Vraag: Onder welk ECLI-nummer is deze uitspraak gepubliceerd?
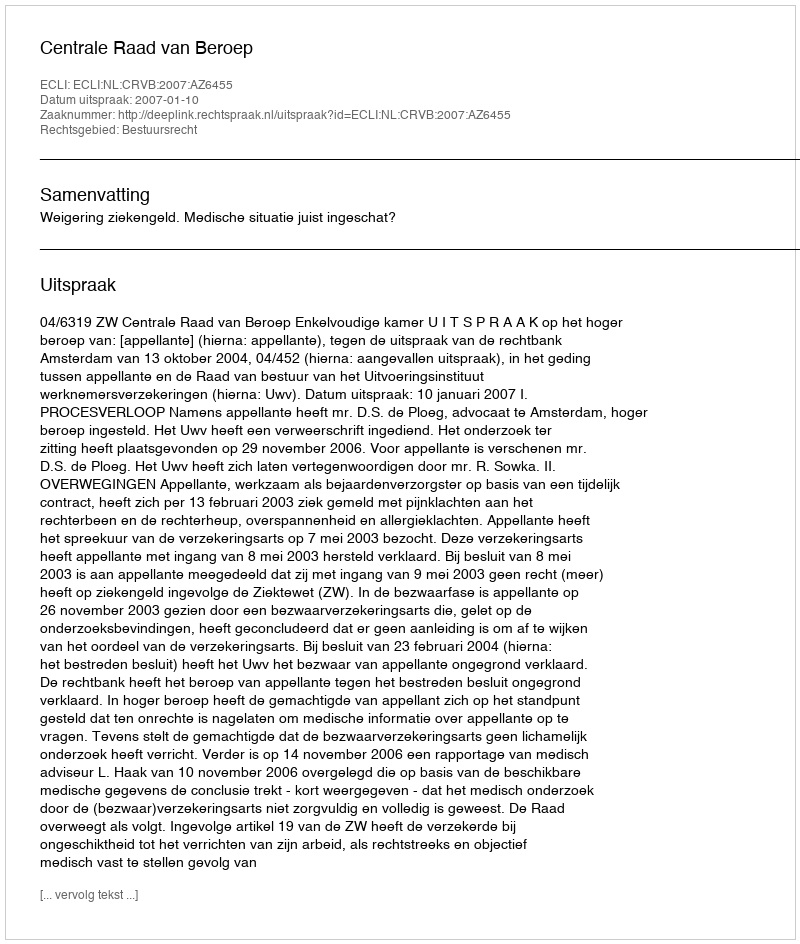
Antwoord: ECLI:NL:CRVB:2007:AZ6455